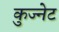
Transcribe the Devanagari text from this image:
कुज्नेट